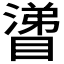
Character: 𰝊